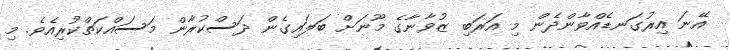
އޭނަ އިރުގަނޑެއްވާންދެން މި އަރަބި ޒުވާނާގެ މޫނަށް ބަލައިގެން ދަސްކުރާން މަސައްކަތްކުރިއެވެ. މި